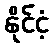
နိုင်ငံ့